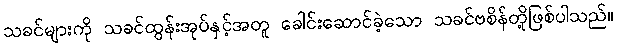
သခင်များကို သခင်ထွန်းအုပ်နှင့်အတူ ခေါင်းဆောင်ခဲ့သော သခင်ဗစိန်တို့ဖြစ်ပါသည်။